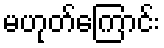
မဟုတ်ကြောင်း